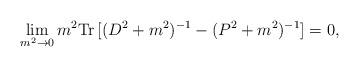
LaTeX: \begin{align*}\lim_{m^2 \to 0} m^2 \mbox{Tr}\,[ (D^2 + m^2)^{-1} - (P^2 + m^2)^{-1} ]= 0,\end{align*}